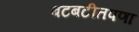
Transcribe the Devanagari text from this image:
बटबटीतपणा